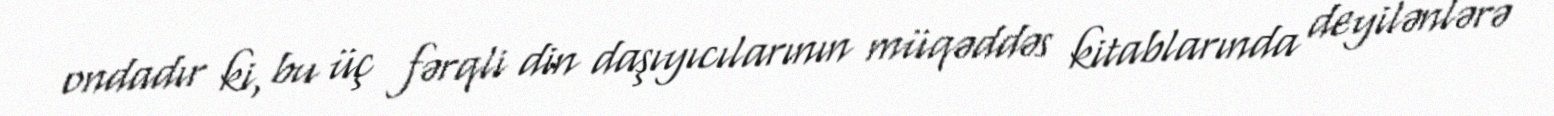
ondadır ki, bu üç fərqli din daşıyıcılarının müqəddəs kitablarında deyilənlərə